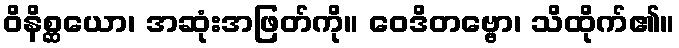
ဝိနိစ္ဆယော၊ အဆုံးအဖြတ်ကို။ ဝေဒိတဗ္ဗော၊ သိထိုက်၏။